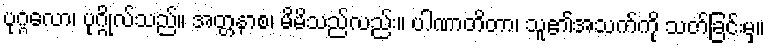
ပုဂ္ဂလော၊ ပုဂ္ဂိုလ်သည်။ အတ္တနာစ၊ မိမိသည်လည်း။ ပါဏာတိတာ၊ သူ၏အသက်ကို သတ်ခြင်းမှ။